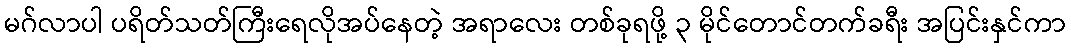
မဂ်လာပါ ပရိတ်သတ်ကြီးရေလိုအပ်နေတဲ့ အရာလေး တစ်ခုရဖို့ ၃ မိုင်တောင်တက်ခရီး အပြင်းနှင်ကာ